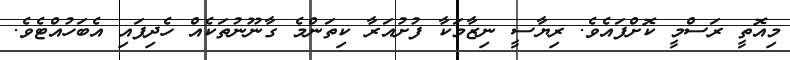
މިއޮތީ ރަސްމީ ކޮށްފައެވެ. ރިޔާސީ ނިޒާމަކާ ފުށުއަރާ ކިތަންމެ ގާނޫނުތަކެއް ހެދިފައި އެބަހުއްޓެވެ.